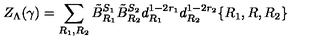
Z _ { \Lambda } ( \gamma ) = \sum _ { R _ { 1 } , R _ { 2 } } \tilde { B } _ { R _ { 1 } } ^ { S _ { 1 } } \tilde { B } _ { R _ { 2 } } ^ { S _ { 2 } } d _ { R _ { 1 } } ^ { 1 - 2 r _ { 1 } } d _ { R _ { 2 } } ^ { 1 - 2 r _ { 2 } } \{ R _ { 1 } , R , R _ { 2 } \}